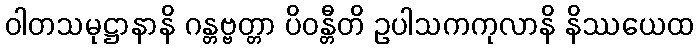
ဝါတသမုဋ္ဌာနာနိ ဂန္တဗ္ဗတ္တာ ပိဝန္တီတိ ဥပါသကကုလာနိ နိဿယေထ